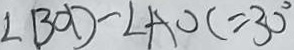
\angle B O D - \angle A O C = 3 0 ^ { \circ }